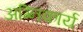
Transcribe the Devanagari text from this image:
अग्निकार्य